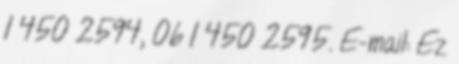
1 450 2594, 06 1 450 2595. E-mail: Ez